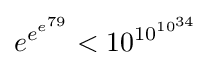
e^{e^{e^{79}}}<10^{10^{10^{34}}}